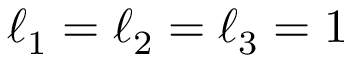
\ell _ { 1 } = \ell _ { 2 } = \ell _ { 3 } = 1